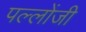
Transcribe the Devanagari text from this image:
पल्लोंजी